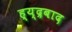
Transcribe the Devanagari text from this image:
ह्य्द्रबाद